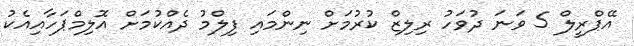
އޭޕްރީލް 5 ވަނަ ދުވަހު ރިލިޒް ކުރުމަށް ނިންމައި ފިލްމު ދެއްކުމަށް އޮލިމްޕަހާއިއެކު